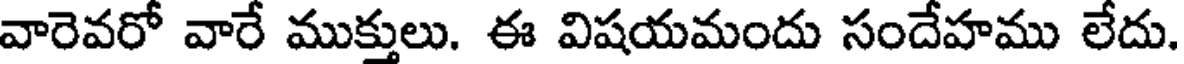
వారెవరో వారే ముక్తులు. ఈ విషయమందు సందేహము లేదు